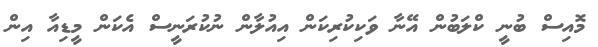
މޮއިސް ބުނީ ކްލަބުން އޭނާ ވަކިކުރިކަން އިއުލާން ނުކުރަނީސް އެކަން މީޑިއާ އިން